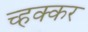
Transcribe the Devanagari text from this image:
च्हक्कर